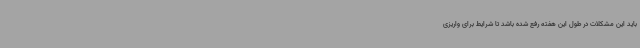
باید این مشکلات در طول این هفته رفع شده باشد تا شرایط برای واریزی